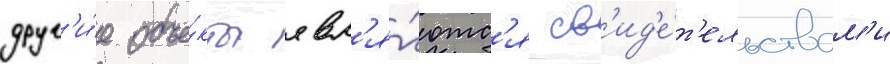
друг'и́е объе́кты явл'я́ютс'я св'ид'е́т'ельствам'и